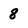
Character: 8